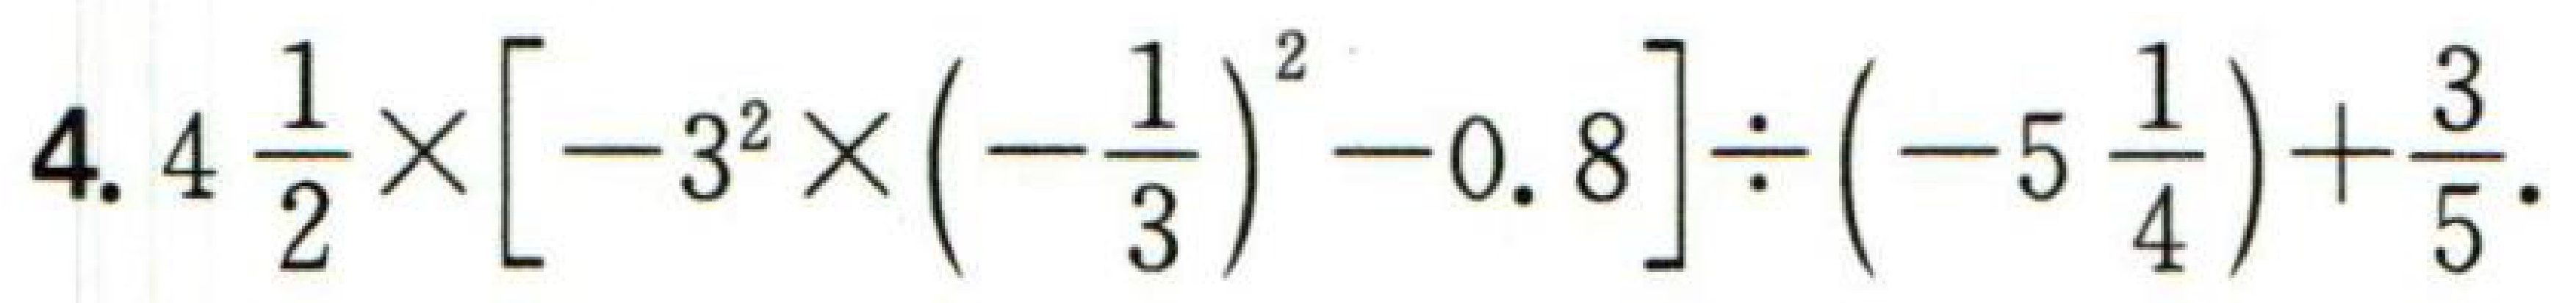
$4.4\frac{1}{2}\times\left[-3^{2}\times\left(-\frac{1}{3}\right)^{2}-0.8\right]\div\left(-5\frac{1}{4}\right)+\frac{3}{5}.$